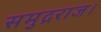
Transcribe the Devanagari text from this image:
समुद्रराज।